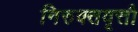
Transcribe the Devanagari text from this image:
निरुक्तवृत्तौ